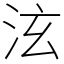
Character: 泫